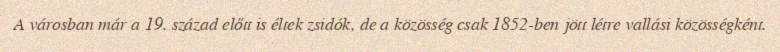
A városban már a 19. század előtt is éltek zsidók, de a közösség csak 1852-ben jött létre vallási közösségként.